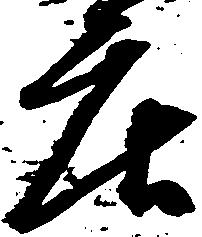
庄